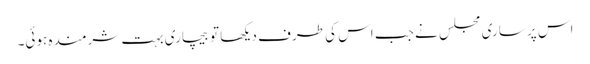
اس پر ساری مجلس نے جب اس کی طرف دیکھا تو بیچاری بہت شرمندہ ہوئی۔